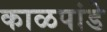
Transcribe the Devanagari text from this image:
काळपांडे